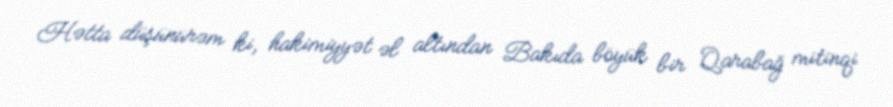
Hətta düşünürəm ki, hakimiyyət əl altından Bakıda böyük bir Qarabağ mitinqi